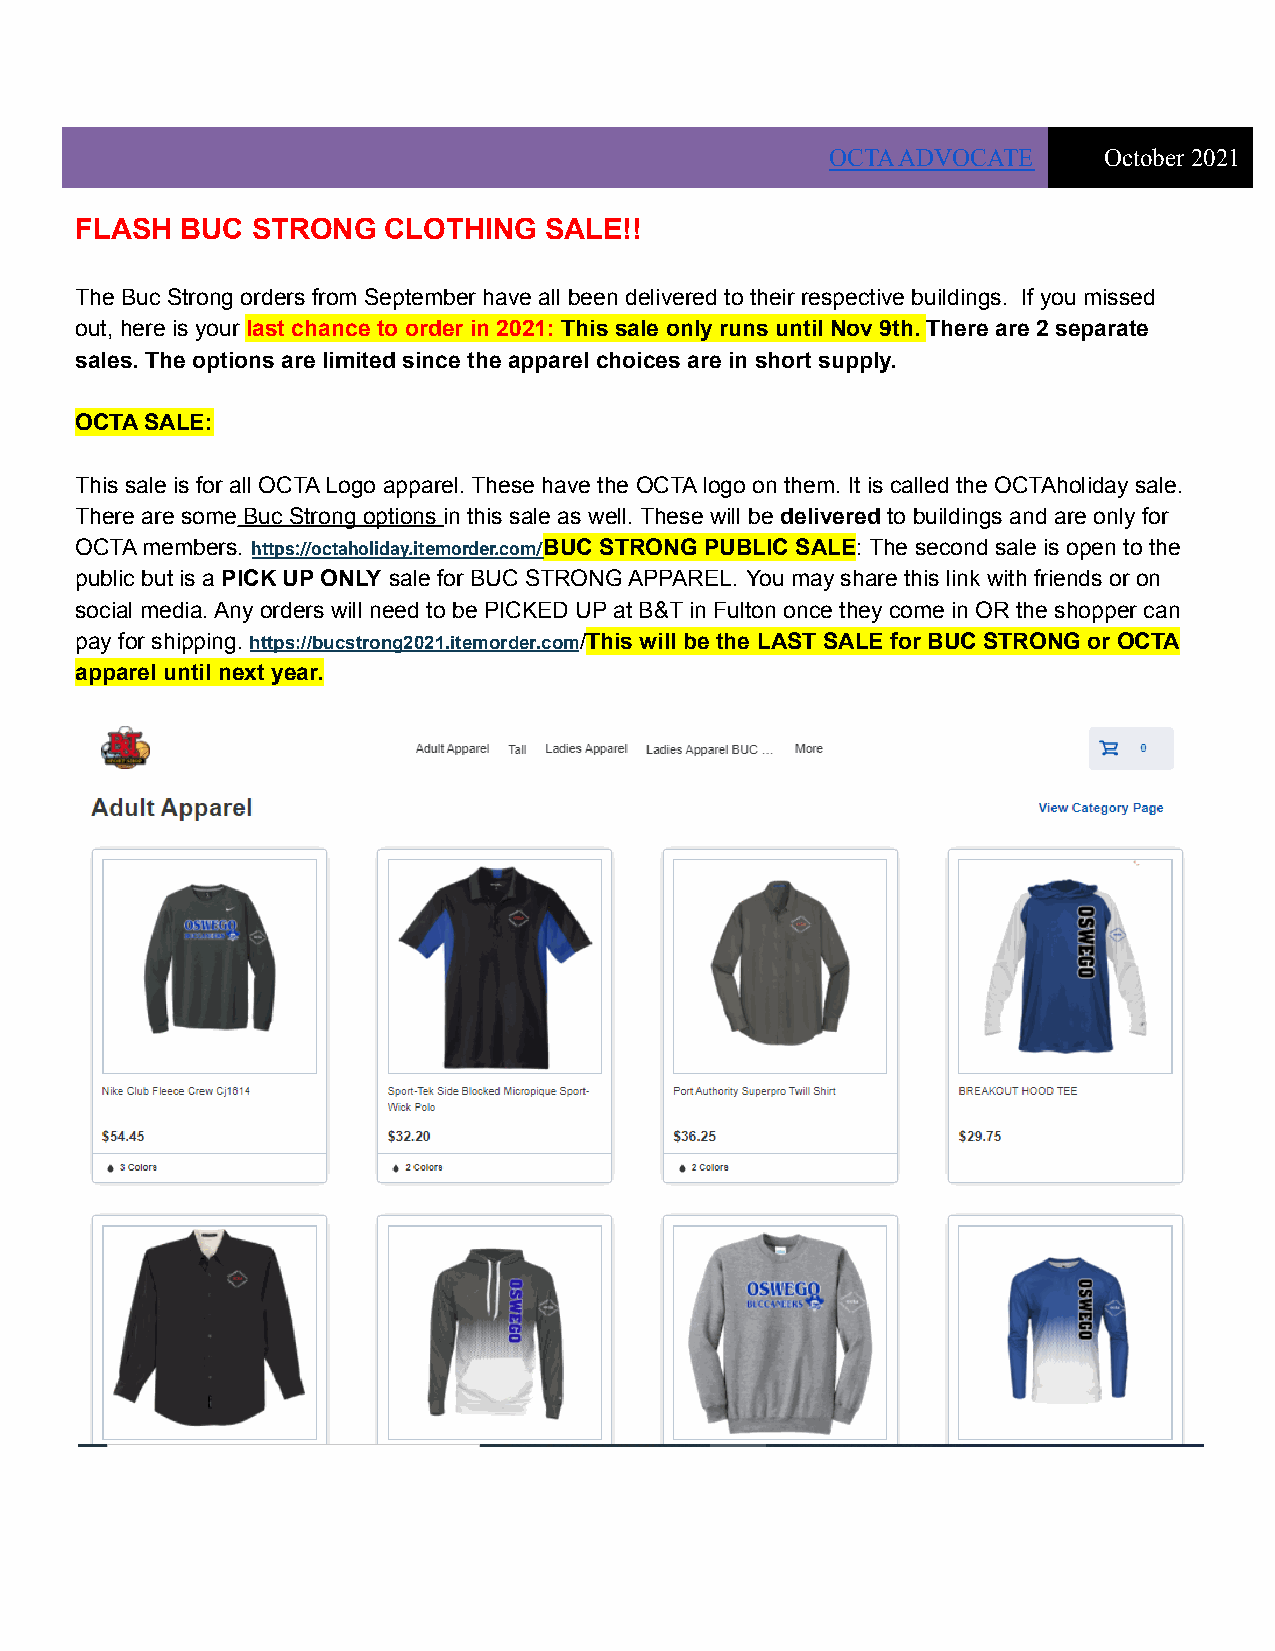
OCTA ADVOCATE     October 2021
 FLASH  BUC  STRONG  CLOTHING   SALE!!
 The Buc Strong orders from September have all been delivered to their respective buildings. If you missed
 out, here is your last chance to order in 2021: This sale only runs until Nov 9th. There are 2 separate
 sales. The options are limited since the apparel choices are in short supply.
 OCTA SALE:
 This sale is for all OCTA Logo apparel. These have the OCTA logo on them. It is called the OCTAholiday sale.
 There are some Buc Strong options in this sale as well. These will be delivered to buildings and are only for
 OCTA members. https://octaholiday.itemorder.com/BUC STRONG PUBLIC SALE: The second sale is open to the
 public but is a PICK UP ONLY sale for BUC STRONG APPAREL. You may share this link with friends or on
 social media. Any orders will need to be PICKED UP at B&T in Fulton once they come in OR the shopper can
 pay for shipping. https://bucstrong2021.itemorder.com/This will be the LAST SALE for BUC STRONG or OCTA
 apparel until next year.